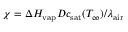
\chi = \Delta H _ { \mathrm { v a p } } { \cal D } c _ { \mathrm { s a t } } ( T _ { \infty } ) / \lambda _ { \mathrm { a i r } }